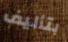
بتأليف